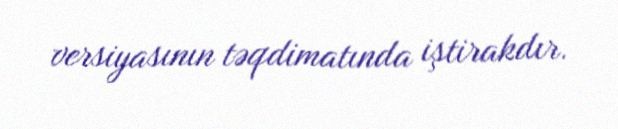
versiyasının təqdimatında iştirakdır.